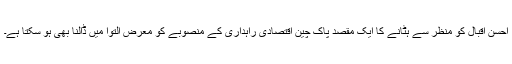
احسن اقبال کو منظر سے ہٹانے کا ایک مقصد پاک چین اقتصادی راہداری کے منصوبے کو معرض التوا میں ڈالنا بھی ہو سکتا ہے۔